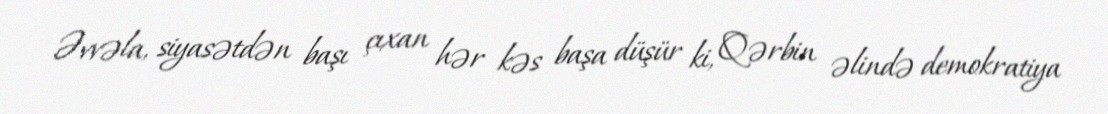
Əvvəla, siyasətdən başı çıxan hər kəs başa düşür ki, Qərbin əlində demokratiya